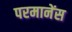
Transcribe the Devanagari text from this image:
परमानेंस